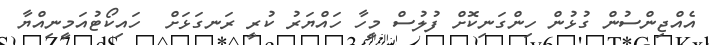
އެއްޖިންސުން ގުޅުން ހިންގަނިކޮށް ފުލުސް މީހާ ހައްޔަރު ކުރީ ރަނގަޅަށް  ހައިކޯޓުއަމީނިއްޔާ